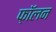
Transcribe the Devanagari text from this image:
फ़ॉलन